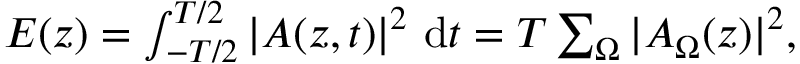
\begin{array} { r } { E ( z ) = \int _ { - T / 2 } ^ { T / 2 } | A ( z , t ) | ^ { 2 } ~ \mathrm { { d } } t = T \sum _ { \Omega } | A _ { \Omega } ( z ) | ^ { 2 } , } \end{array}